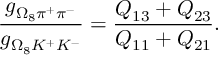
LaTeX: \frac { g _ { \Omega _ { 8 } \pi ^ { + } \pi ^ { - } } } { g _ { \Omega _ { 8 } K ^ { + } K ^ { - } } } = \frac { Q _ { 1 3 } + Q _ { 2 3 } } { Q _ { 1 1 } + Q _ { 2 1 } } .